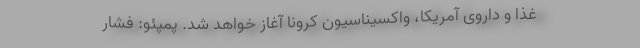
غذا و داروی آمریکا، واکسیناسیون کرونا آغاز خواهد شد. پمپئو: فشار